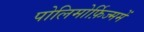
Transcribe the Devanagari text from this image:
पोलिमोर्फ़िज्ममें